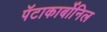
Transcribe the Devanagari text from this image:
पॅटाकार्बोनिल